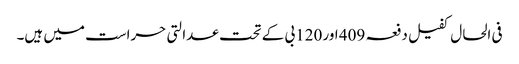
فی الحال کفیل دفعہ 409 اور 120بی کے تحت عدالتی حراست میں ہیں۔